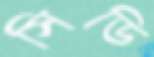
সিডি